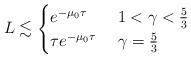
LaTeX: \begin{align*}L \lesssim \begin{cases}e^{-\mu_0\tau} & \ 1<\gamma<\frac53 \\\tau e^{-\mu_0\tau} & \ \gamma =\frac53\end{cases}\end{align*}